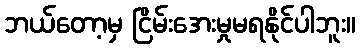
ဘယ်တော့မှ ငြိမ်းအေးမှုမရနိုင်ပါဘူး။